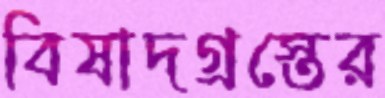
বিষাদগ্রস্তের